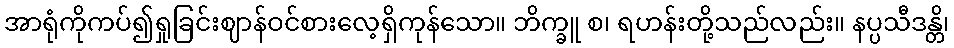
အာရုံကိုကပ်၍ရှုခြင်းဈာန်ဝင်စားလေ့ရှိကုန်သော။ ဘိက္ခူ စ၊ ရဟန်းတို့သည်လည်း။ နပ္ပသီဒန္တိ၊